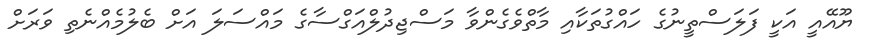
ޔޫއޭއީ އަކީ ފަލަސްތީނުގެ ހައްގުތަކާއި މާތްވެގެންވާ މަސްޖިދުލްއަގްސާގެ މައްސަލަ އަށް ބެލުމެއްނެތި ވަރަށް